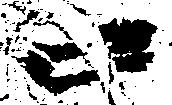
口